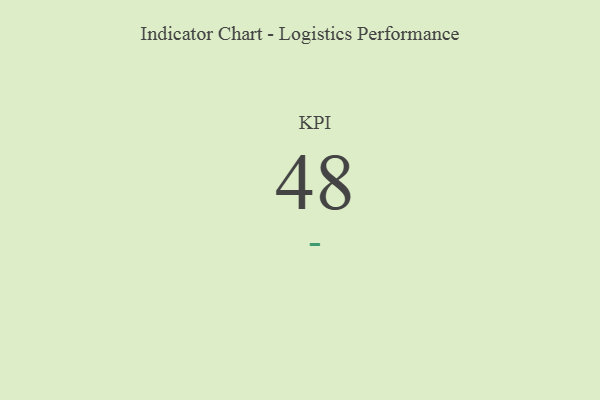
{"axis": {"x": "KPI", "y": "Value"}, "legend": [""], "data": [{"x": "KPI", "y": 48, "type": ""}]}